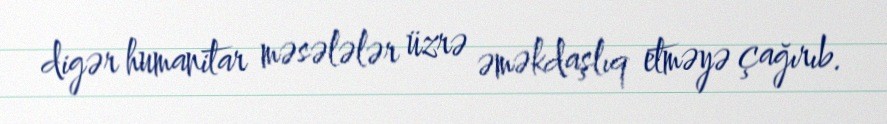
digər humanitar məsələlər üzrə əməkdaşlıq etməyə çağırıb.